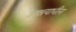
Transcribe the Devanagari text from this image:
आश्रयाधीन